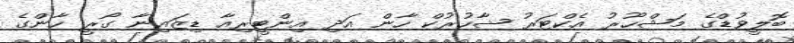
ބޮލީވުޑްގެ މަޝްހޫރު އެކްޓަރު ޝާހުރުކް ހާން އަދި އިންޓީރިއާ ޑިޒައިނާ ގޯރީ ހާންގެ